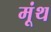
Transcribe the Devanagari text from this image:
मूंथ